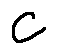
C